Report of the Indian Hemp Drugs Commission, 1894-1895 - Volume V
Year: 1894
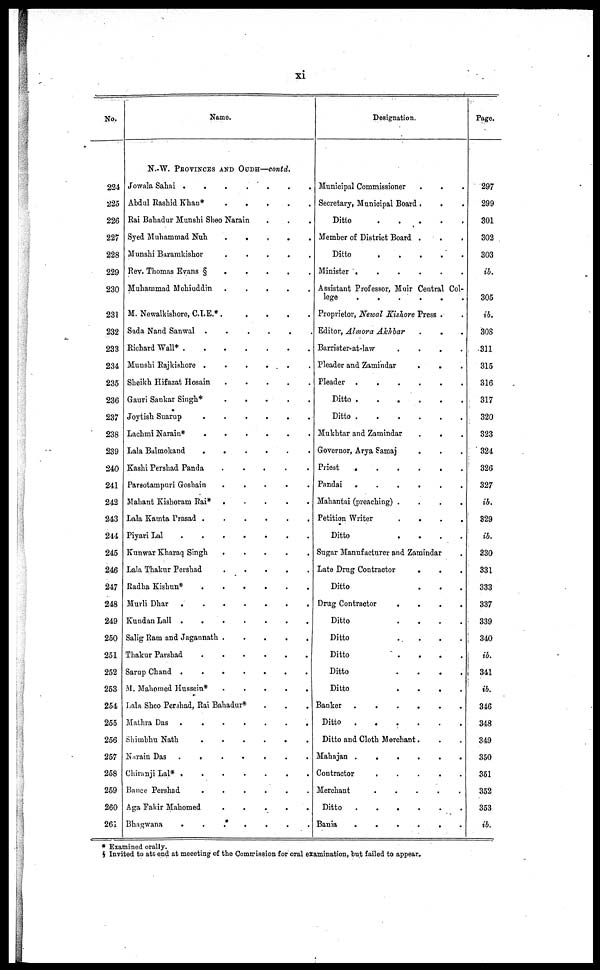
xi
No.
224
225
226
227
228
229
230
231
232
233
234
235
236
237
238
239
240
241
242
243
244
245
246
247
248
249
250
251
252
253
254
255
256
257
258
259
260
261
Name.
N.-W. PROVINCES AND OUDH—contd.
Jowala Sahai
.
.
.
.
.
.
Abdul Rashid Khan*
.
.
.
.
.
Rai Bahadur Munshi Sheo Narain . . .
Syed Muhammad Nuh
.
.
.
.
.
Munshi Baramkishor
.
.
.
.
.
Rev. Thomas Evans §
.
.
.
.
.
Muhammad Mohiuddin .
.
.
.
.
M. Newalkishore, C.I.E.* . . . . . .
Sada Nand Sanwal .
.
.
.
.
.
Richard Wall*
.
.
.
.
.
.
Munshi Rajkishore .
.
.
.
.
.
Sheikh Hifazat Hosain
.
.
.
.
.
.
Gauri Sankar Singh*
.
.
.
.
.
.
Joytish Suarup
.
.
.
.
.
.
Lachmi Narain*
.
.
.
.
.
.
Lala Balmokand
.
.
.
.
.
.
Kashi Pershad Panda
.
.
.
.
.
Parsotampuri Goshain
.
.
.
.
.
Mahant Kishoram Rai* .
.
.
.
.
Lala Kamta Prasad .
.
.
.
.
.
Piyari Lal .
.
.
.
.
.
.
Kunwar Kharaq Singh
.
.
.
.
.
.
Lala Thakur Pershad
.
.
.
.
.
Radha Kishun*
.
.
.
.
.
.
Murli Dhar
.
.
.
.
.
.
Kundan Lall .
.
.
.
.
.
.
Salig Ram and Jagannath .
.
.
.
.
Thakur Parshad
.
.
.
.
.
.
Sarup Chand .
.
.
.
.
.
.
M. Mahomed Hussein*
.
.
.
.
.
Lala Sheo Pershad, Rai Bahadur*
Mathra Das .
.
.
.
.
.
.
Shimbhu Nath
.
.
.
.
.
.
Narain Das .
.
.
.
.
.
.
Chiranji Lal* .
.
.
.
.
.
.
Bance Pershad
.
.
.
.
.
.
.
Aga Fakir Mahomed . . . . . . .
Bhagwana
.
.
.
.
Designation.
Municipal Commissioner
Secretary, Municipal Board . . .
Ditto
.
.
.
.
.
.
Member of District Board .
.
.
Ditto
.
.
.
.
.
.
Minister .
.
.
Assistant Professor, Muir Central Col-
lege
.
.
.
.
.
.
Proprietor, Newal Kishore Press . .
Editor, Almora Akhbar . . . . . .
Barrister-at-law
.
.
.
.
Pleader and Zamindar
.
.
Pleader .
.
.
Ditto .
.
.
Ditto
.
.
.
.
.
.
Mukhtar and Zamindar . . .
Governor, Arya Samaj . . .
Priest
.
.
.
Pandai .
.
.
Mahantai (preaching) .
.
.
.
Petition Writer
.
.
.
.
Ditto
.
.
.
.
Sugar Manufacturer and Zamindar .
Late Drug Contractor
. . .
Ditto
Drug Contractor
.
.
.
.
Ditto
.
.
.
.
Ditto
.
.
.
.
Ditto
. . . .
Ditto
. . . .
Ditto
.
.
.
.
Banker .
.
.
Ditto . . . . . . . .
Ditto and Cloth Merchant. . .
Mahajan .
.
.
Contractor
.
.
.
.
Merchant
.
.
.
.
.
.
Ditto
.
.
.
.
.
.
Bania
.
.
.
Page.
297
299
301
302
303
ib.
305
ib.
308
311
315
316
317
320
323
324
326
327
ib.
329
ib.
330
331
333
337
339
340
ib.
341
ib.
346
348
349
350
351
352
353
ib.
* Examined orally.
§ Invited to att end at meeeting of the Commission for oral examination, but failed to appear.